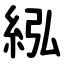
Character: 紭